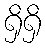
ရှိရှိ